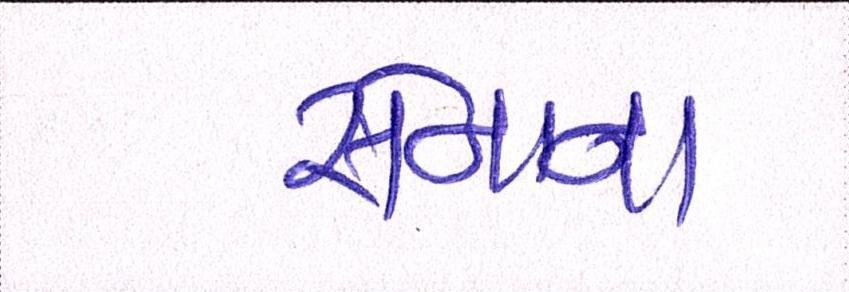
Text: સેનાના